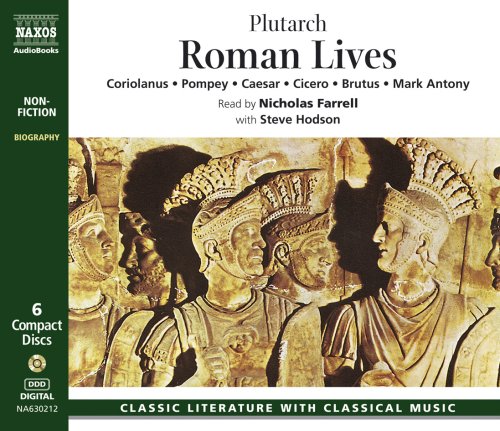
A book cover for Roman Lives 6d; Mestrius Plutarchus; Literature & Fiction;